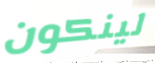
لينكون